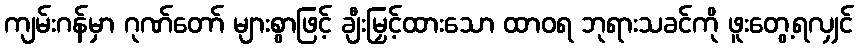
ကျမ်းဂန်မှာ ဂုဏ်တော် များစွာဖြင့် ချီးမြှင့်ထားသော ထာဝရ ဘုရားသခင်ကို ဖူးတွေ့ရလျှင်